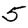
Digit: 5